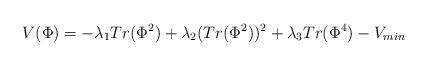
LaTeX: \begin{align*}V(\Phi)=-\lambda_1 Tr(\Phi^2)+\lambda_2 (Tr(\Phi^2))^2+\lambda_3 Tr(\Phi^4)-V_{min}\end{align*}